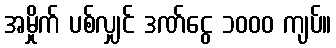
အမှိုက် ပစ်လျှင် ဒဏ်ငွေ ၁၀၀၀ ကျပ်။